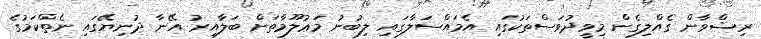
ރިޟްވާން ގެއްލިގެން މިވީދުވަސްތަކުގައި އެމައްސަލާގައި ލިބުނު މަޢުލޫމާތަށް ބަލާއިރު އޭނާ ދުނިޔޭގައި ނެތްކަމުގެ